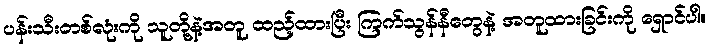
ပန်းသီးတစ်လုံးကို သူတို့နဲ့အတူ ထည့်ထားပြီး ကြက်သွန်နီတွေနဲ့ အတူထားခြင်းကို ရှောင်ပါ။